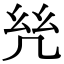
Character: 𢆻